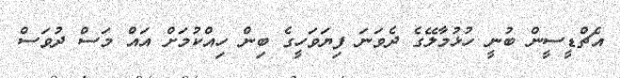
އެޗްޑީސީން ބުނީ ހުޅުމާލޭގެ ދެވަނަ ފިޔަވަހީގެ ބިން ހިއްކުމަށް އައް މަސް ދުވަސް